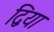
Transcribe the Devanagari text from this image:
द्विया